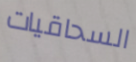
السحاقيات